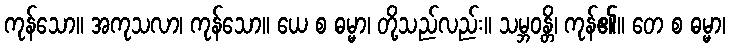
ကုန်သော။ အကုသလာ၊ ကုန်သော။ ယေ စ ဓမ္မာ၊ တို့သည်လည်း။ သမ္ဘဝန္တိ၊ ကုန်၏။ တေ စ ဓမ္မာ၊